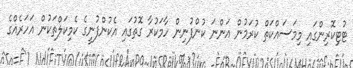
ޓުޓިކޮރިންގައި މިމަސައްކަތް ކުރަމުން އަންނަ ކުންފުނިން ހާމަކުރާ ގޮތުގައި އެކުންފުނީގެ ކެމިކަލްތަކުން އަހަރެއްގެ